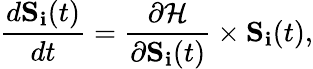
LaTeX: \frac{d\mathbf{S_{i}}(t)}{dt}=\frac{\partial\mathcal{H}}{\partial\mathbf{S_{i}}(t)}\times\mathbf{S_{i}}(t),